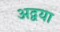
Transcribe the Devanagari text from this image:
अद्वया